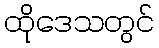
ထိုဒေသတွင်